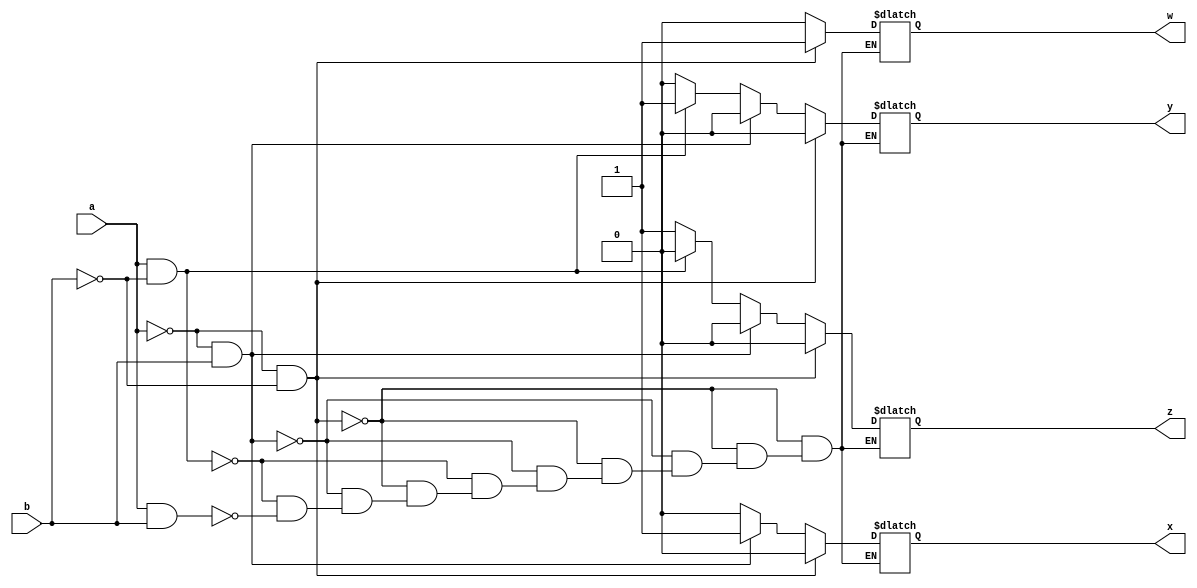
module decoder2_4(a,b,w,x,y,z);
  input a,b;
  output reg w,x,y,z;
  always @(a or b)
  begin
    if (a==0 & b==0)
      begin 
        w=1;
        x=0;
        y=0;
        z=0;
      end
    else if (a==0 & b==1)
      begin
        w=0;
        x=1;
        y=0;
        z=0;
      end
    else if (a==1 & b==0)
      begin
        w=0;
        x=0;
        y=1;
        z=0;
      end
    else if (a==1 & b==1)
      begin
        w=0;
        x=0;
        y=0;
        z=1;
      end
    end
  endmodule